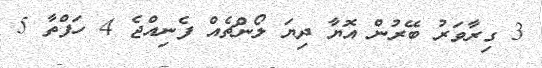
3 ގިރާވަރު ބޭރުން އޮޔާ ދިޔަ ލޯންޗެއް ފެނިއްޖެ 4 ހަފްތާ 5